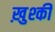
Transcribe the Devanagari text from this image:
ख़ुश्की